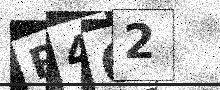
Text: P462